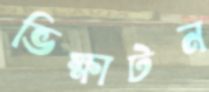
ভিক্ষাটন